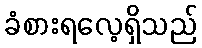
ခံစားရလေ့ရှိသည်